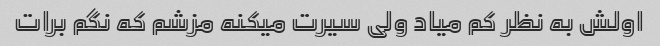
اولش به نظر کم میاد ولی سیرت میکنه مزشم که نگم برات